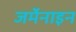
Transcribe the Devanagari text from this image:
जर्मेनाइन